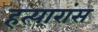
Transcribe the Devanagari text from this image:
हत्यारांस